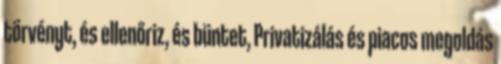
törvényt, és ellenőriz, és büntet, Privatizálás és piacos megoldás